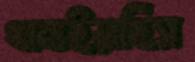
থামাইয়াছিস